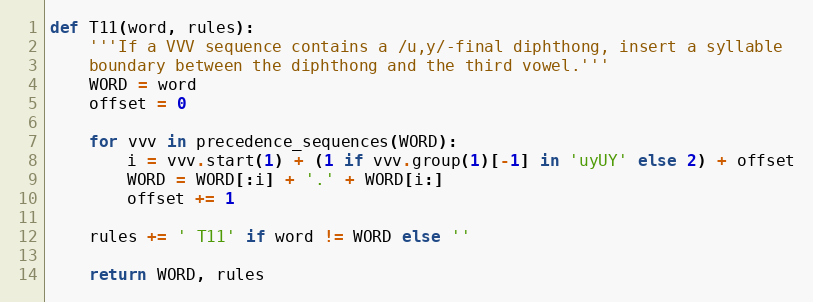
Language: Python
def T11(word, rules):
    '''If a VVV sequence contains a /u,y/-final diphthong, insert a syllable
    boundary between the diphthong and the third vowel.'''
    WORD = word
    offset = 0

    for vvv in precedence_sequences(WORD):
        i = vvv.start(1) + (1 if vvv.group(1)[-1] in 'uyUY' else 2) + offset
        WORD = WORD[:i] + '.' + WORD[i:]
        offset += 1

    rules += ' T11' if word != WORD else ''

    return WORD, rules